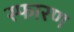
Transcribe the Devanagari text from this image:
स्फारण